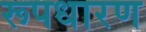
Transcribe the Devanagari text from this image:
रूपधारण